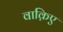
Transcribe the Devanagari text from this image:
वाक़िए